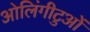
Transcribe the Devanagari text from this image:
ओलिंगीटुओं